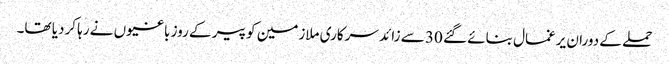
حملے کے دوران یرغمال بنائے گئے 30 سے زائد سرکاری ملازمین کو پیر کے روز باغیوں نے رہا کردیا تھا۔